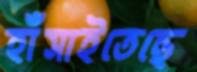
হাঁসাইতেছে